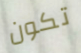
تكون